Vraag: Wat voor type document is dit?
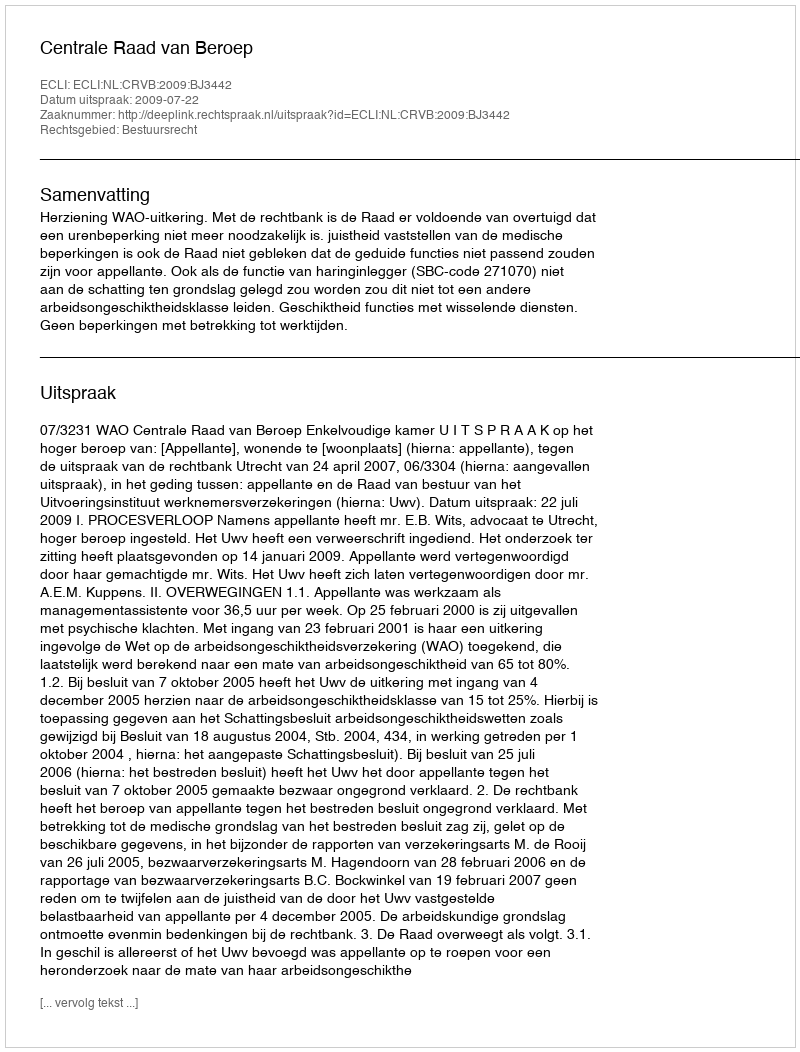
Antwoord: Uitspraak